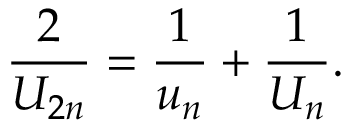
{ \frac { 2 } { U _ { 2 n } } } = { \frac { 1 } { u _ { n } } } + { \frac { 1 } { U _ { n } } } .